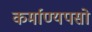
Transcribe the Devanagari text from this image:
कर्माण्यपसो